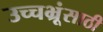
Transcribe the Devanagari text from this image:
उच्चभ्रूंसाठी